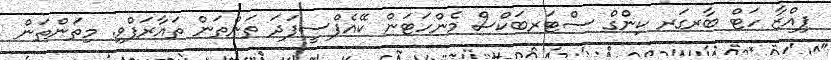
ޕިއްޒާ ހަޓް ބާރގަރ ކިންގް ސްޓަރބަކްސް މެންހަޓަން ކޭއެފްސީފަދަ ތަންތަން ތައާރަފްވި. މިތަންތަން